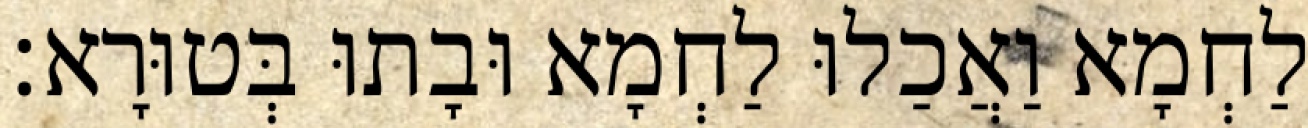
לַחְמָא וַאֲכַלוּ לַחְמָא וּבָתוּ בְּטוּרָא׃